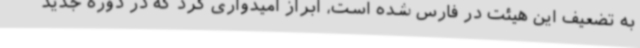
به تضعیف این هیئت در فارس شده است، ابراز امیدواری کرد که در دوره جدید